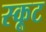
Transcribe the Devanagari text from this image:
स्कूट